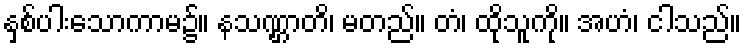
နှစ်ပါးသောကာမ၌။ နသဏ္ဌာတိ၊ မတည်။ တံ၊ ထိုသူကို။ အဟံ၊ ငါသည်။